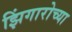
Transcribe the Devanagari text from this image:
झिंगारोच्या